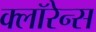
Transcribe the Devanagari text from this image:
क्लॉरेन्स